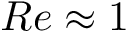
R e \approx 1